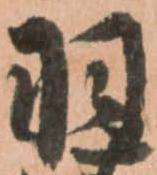
羽